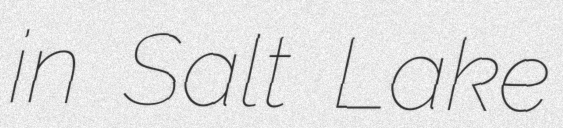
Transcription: in Salt Lake